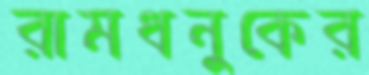
রামধনুকের